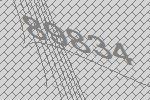
89834